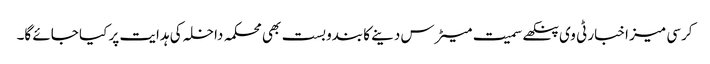
کرسی میز اخبار ٹی وی پنکھے سمیت میٹرس دینے کا بندوبست بھی محکمہ داخلہ کی ہدایت پر کیا جائے گا۔